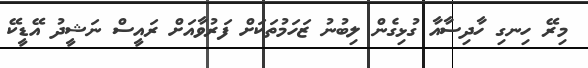
މިރޭ ހިނގި ހާދިސާއާ ގުޅިގެން ލިބުނު ޒަހަމުތަކަށް ފަރުވާއަށް ރައީސް ނަޝީދު އޭޑީކޭ